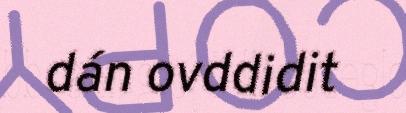
dán ovddidit